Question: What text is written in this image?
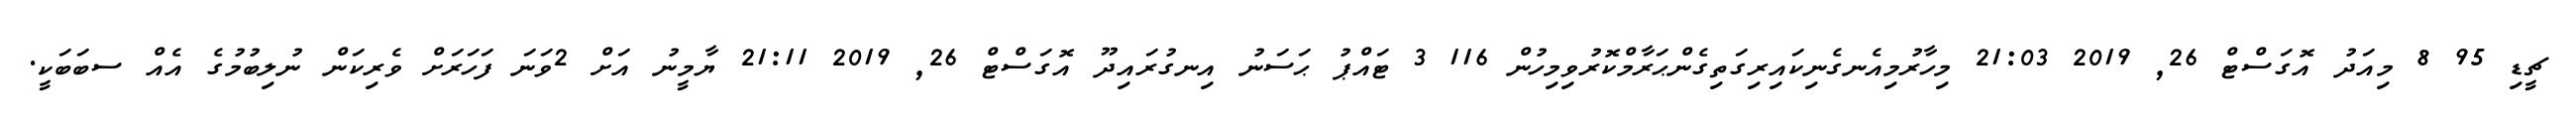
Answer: ޗީޑި 95 8 މިއަދު އޮގަސްޓް 26, 2019 21:03 މިހާރުމިއެނގެނިކައިރިގަތިގެންޙަރާމްކޮރުވިމިހުން 116 3 ޓައްޕު ޙަސަނު އިނގުރައިދޫ އޮގަސްޓް 26, 2019 21:11 ޔާމީނު އަށް 2ވަނަ ފަހަރަށް ވެރިކަން ނުލިބުމުގެ އެއް ސބަބަކީ.